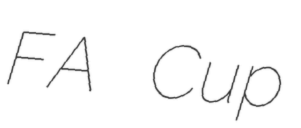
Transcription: FA Cup